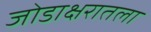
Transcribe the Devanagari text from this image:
जोडाक्षरातला